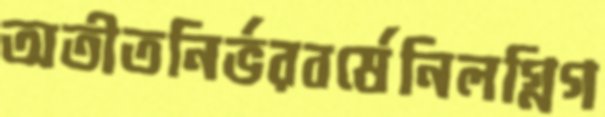
অতীতনির্ভরবর্ষেনিলগ্নিগ